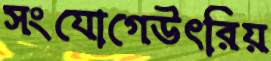
সংযোগেউৎরিয়